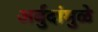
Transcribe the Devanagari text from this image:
अर्बुदांमुळे